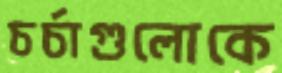
চর্চাগুলোকে